Vaccine operations Central Provinces & Berar 1912-1920 - 1912-1920
Year: 1912
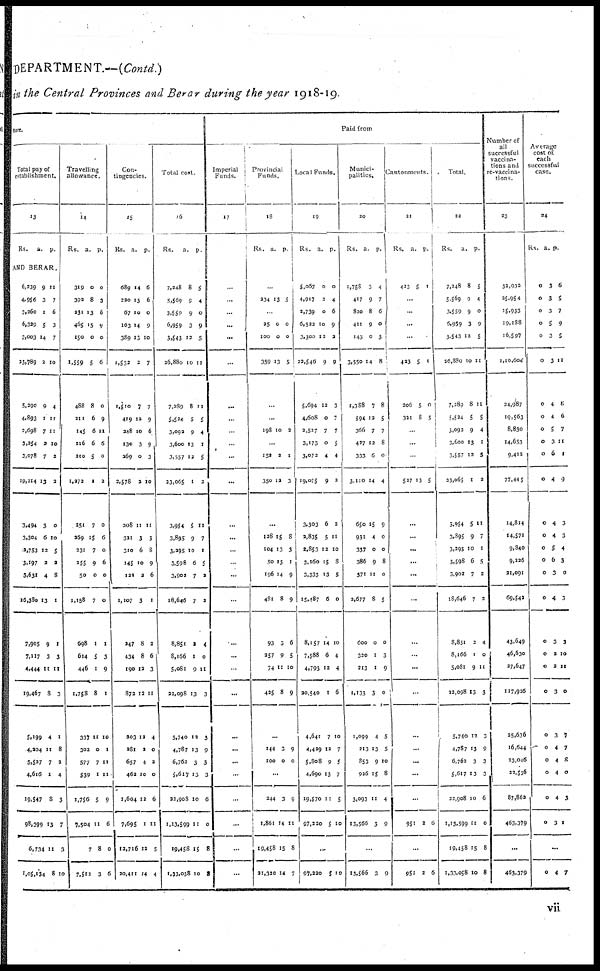
DEPARTMENT.—(Contd.)
in the Central Provinces and Berar during the year 1918-19.
ture.
Total pay of
establishment.
13
Rs.
a. p.
AND BERAR.
6,239
4,956
3,260
6,329
3,003
23,789
5,290
4,893
2,698
3,354
3,078
19,214
3,494
3,304
2,753
3,197
3,631
16,380
7,905
7,117
4,444
19,467
5,199
4,204
5,537
4,616
19,547
98,399
6,734
1,04,134
9
3
1
5
14
2
9
1
7
2
7
13
3
6
12
2
4
13
9
3
11
8
4
11
7
1
8
13
11
8
11
7
6
3
7
10
4
11
11
10
3
3
0
10
5
2
8
1
1
3
11
3
1
8
2
4
3
7
3
10
Travelling
allowance.
14
Rs.
a. p.
319
392
231
465
150
1,559
488
211
145
216
210
1,272
251
269
231
255
50
1,158
698
614
446
1,758
337
302
577
539
1,756
7,504
7
7,512
0
8
13
15
0
5
8
6
6
6
5
1
7
15
7
9
0
7
1
5
1
8
11
0
7
1
5
11
8
3
0
3
6
9
0
6
0
9
11
6
0
2
0
6
0
6
0
0
1
3
9
1
10
1
11
11
9
6
0
6
Con-
tingencies.
15
Rs.
a.
p.
689
220
67
163
389
1,533
1,510
419
248
130
269
2,578
208
321
310
145
121
1,107
247
434
190
872
203
281
657
462
1,604
7,695
12,716
20,411
4
13
10
14
13
2
7
12
10
3
0
2
11
3
6
10
2
3
8
8
12
12
12
2
4
10
12
1
12
14
6
6
0
9
10
7
7
9
6
9
3
10
11
3
8
9
6
1
2
6
3
11
4
0
2
0
6
11
5
4
Total cost
16
Rs.
a.
p.
7,248
5,569
3,559
6,959
3,543
26,880
7,289
5,524
3,092
3,600
3,557
23,065
3,954
3,895
3,295
3,598
3,902
18,646
8,851
8,166
5,081
22,098
5,740
4,787
6,762
5,617
22,908
1,13,599
19,458
1,33,058
8
9
9
3
12
10
8
5
9
13
12
1
5
9
0
6
7
7
2
1
9
13
12
13
3
13
10
11
15
10
5
4
0
9
5
11
11
5
4
1
5
2
11
7
1
5
2
2
4
0
11
3
3
9
3
3
6
0
8
8
Paid from
Imperial
Funds.
17
...
...
...
...
...
...
...
...
...
...
...
...
...
...
...
...
...
...
...
...
...
...
...
...
...
...
...
...
...
...
Provincial
Funds.
18
Rs.
a.
p.
...
334 13 5
...
25
100
359
0
0
13
0
0
5
...
...
198 10 2
...
152
350
2
12
1
3
...
128
104
50
196
481
93
257
74
435
15
13
13
14
8
3
9
11
8
8
3
1
9
9
6
5
10
9
...
144
100
3
0
9
0
...
244
1,861
19,458
21,320
3
14
15
14
9
11
8
7
Local Funds.
19
Rs.
a. p.
5,067
4,917
2,739
6,522
3,300
22,546
5,694
4,608
2,527
3,173
3,072
19,075
3,303
2,835
2,853
3,160
3,333
15,487
8,157
7,588
4,793
20,540
4,641
4,429
5,808
4,690
19,570
97,220
0
2
0
10
12
9
12
0
7
0
4
9
6
5
12
15
13
6
14
6
12
1
7
12
9
13
11
5
0
4
6
9
2
9
3
7
7
5
4
2
2
11
10
8
5
0
10
4
4
6
10
7
5
7
5
10
...
97,220
5 10
Munici¬
palities.
20
Rs.
a.
p.
1,758
417
820
411
143
3,550
1,388
594
366
427
333
3,110
650
931
337
386
371
2,677
600
320
213
1,133
1,099
213
853
926
3,093
13,566
3
9
8
9
0
14
7
12
7
12
6
14
15
4
0
9
11
8
0
1
1
3
4
13
9
15
11
3
4
7
6
0
3
8
8
5
7
8
0
4
9
0
0
8
0
5
0
3
9
0
5
5
10
8
4
9
...
13,566 3 9
Cantonments.
21
Rs.
a. p.
423 5 1
...
...
...
...
423
206
321
5
5
8
1
0
5
...
...
527 13 5
...
...
...
...
...
...
...
...
...
...
...
...
...
...
...
951 2 0
...
951 2 6
Total.
22
Rs.
a. p.
7,248
5,569
3,559
6,959
3,543
26,880
7,289
5,524
3,092
3,600
3,557
23,065
3,954
3,895
3,295
3,598
3,902
18,646
8,851
8,166
5,081
22,098
5,740
4,787
6,762
5,617
22,908
1,13,599
19,458
1,33,058
8
9
9
3
12
10
8
5
9
13
12
1
5
9
10
6
7
7
2
1
9
13
12
13
3
13
10
11
15
10
5
4
0
9
5
11
11
5
4
1
5
2
11
7
1
5
2
2
4
0
11
3
3
9
3
3
6
0
8
8
Number of
all
successful
vaccina-
tions and
re-vaccina-
tions.
23
32,932
25,954
15,933
19,188
16,597
1,10,604
24,987
19,563
8,830
14,653
9,412
77,445
14,814
14,571
9,840
9,226
21,091
69,542
43,649
46,630
27,647
117,926
25,636
16,644
23,046
22,536
87,862
463,379
...
463,379
Average
cost of
each
successful
case.
24
Rs.
a.
p.
0
0
0
0
0
0
0
0
0
0
0
0
0
0
0
0
0
0
0
0
0
0
0
0
0
0
0
0
3
3
3
5
3
3
4
4
5
3
6
4
4
4
5
6
3
4
3
2
2
3
3
4
4
4
4
3
6
5
7
9
5
11
8
6
7
11
1
9
3
3
4
3
0
3
3
10
11
0
7
7
8
0
3
1
...
0 4 7
vii